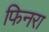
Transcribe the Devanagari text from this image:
फिनरा